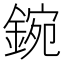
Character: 鋺